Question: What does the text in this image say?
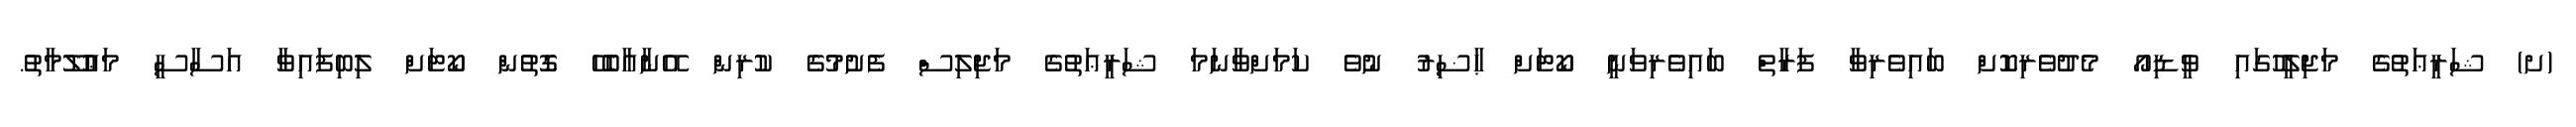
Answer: (ށ) ޝަރީޢަތުގެ މަޖިލީހުގައި ވީޑިއޯ މެދުވެރިކޮށް ބައިވެރިވާ ފަރާތް ބައިވެރިވަނީ ކޯޓަށް ޙާޟިރު ނުވެ ކަމަށްވާނަމަ ޝަރީޢަތުގެ މަޖިލިސް ފެށުމުގެ ކުރިން އޭނާއާބެހޭ ގޮތުން ކޯޓަށް ލިބިފައިވާ އަސާސީ މަޢުލޫމާތު.